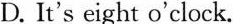
D. It's eight o'clock.